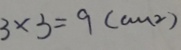
3 \times 3 = 9 ( c m ^ { 2 } )